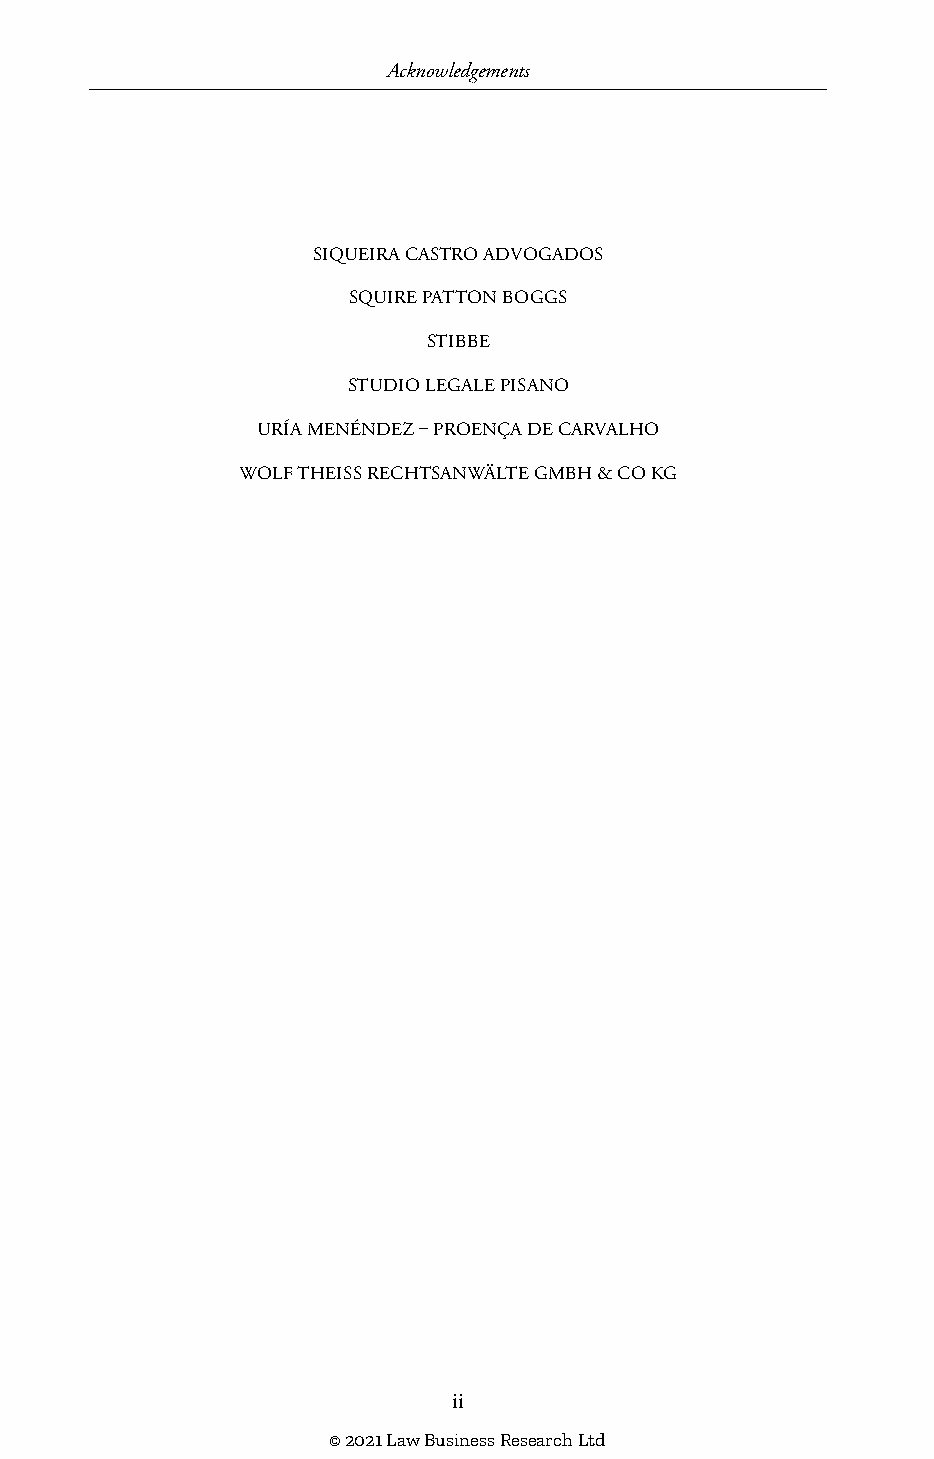
Acknowledgements
 SIQUEIRA CASTRO ADVOGADOS
 SQUIRE PATTON BOGGS
 STIBBE
 STUDIO LEGALE PISANO
 URÍA MENÉNDEZ – PROENÇA DE CARVALHO
 WOLF THEISS RECHTSANWÄLTE GMBH & CO KG
 ii
 © 2021 Law Business Research Ltd